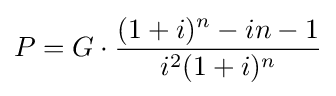
P=G\cdot {\frac {(1+i)^{n}-in-1}{i^{2}(1+i)^{n}}}